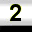
Digit: 2